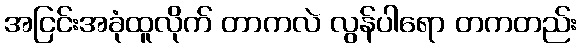
အငြင်းအခုံထူလိုက် တာကလဲ လွန်ပါရော တကတည်း